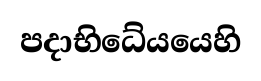
පදාභිධේයයෙහි